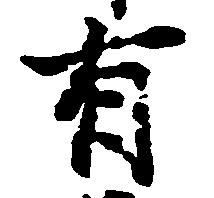
有